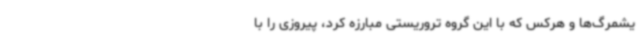
یشمرگ‌ها و هرکس که با این گروه تروریستی مبارزه کرد، پیروزی را با